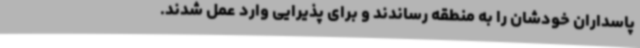
پاسداران خودشان را به منطقه رساندند و برای پذیرایی وارد عمل شدند.